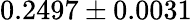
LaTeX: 0.2497\pm 0.0031